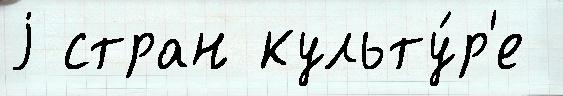
j стран культу́р'е